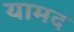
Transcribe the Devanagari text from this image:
यामद